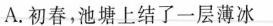
A.初春，池塘上结了一层薄冰